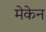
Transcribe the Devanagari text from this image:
मेकेन